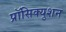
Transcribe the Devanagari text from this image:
प्रॉसिक्युशन